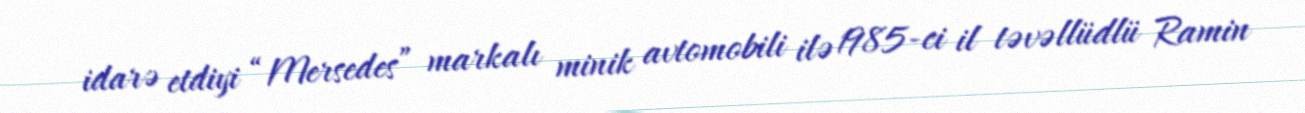
idarə etdiyi “Mersedes” markalı minik avtomobili ilə 1985-ci il təvəllüdlü Ramin